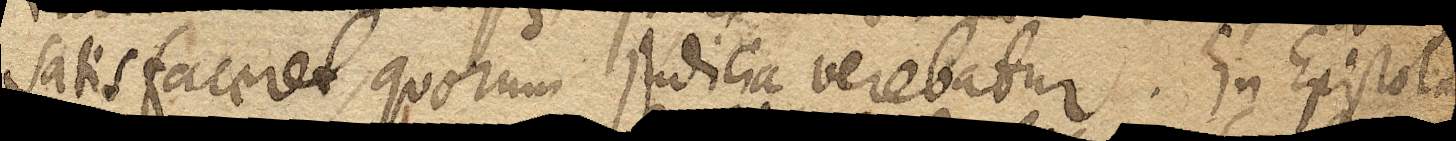
satisfaceret, quorum judicia verebatur. In Epistola